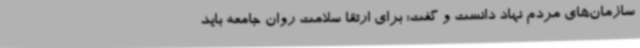
سازمان‌های مردم نهاد دانست و گفت: برای ارتقا سلامت روان جامعه باید